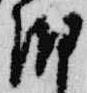
朝